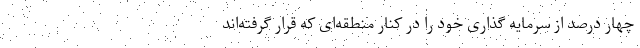
چهار درصد از سرمایه گذاری خود را در کنار منطقه‌ای که قرار گرفته‌اند